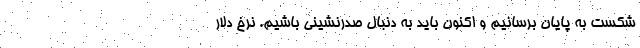
شکست به پایان برسانیم و اکنون باید به دنبال صدرنشینی باشیم. نرخ دلار